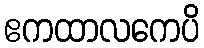
ဧကထာလကေပိ